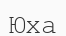
Юха